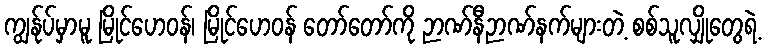
ကျွန်ုပ်မှာမူ မြိုင်ဟေဝန်၊ မြိုင်ဟေဝန် တော်တော်ကို ဉာဏ်နီဉာဏ်နက်များတဲ့ စစ်သူလျှိုတွေရဲ့